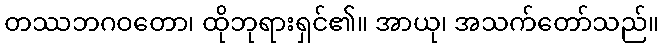
တဿဘဂဝတော၊ ထိုဘုရားရှင်၏။ အာယု၊ အသက်တော်သည်။